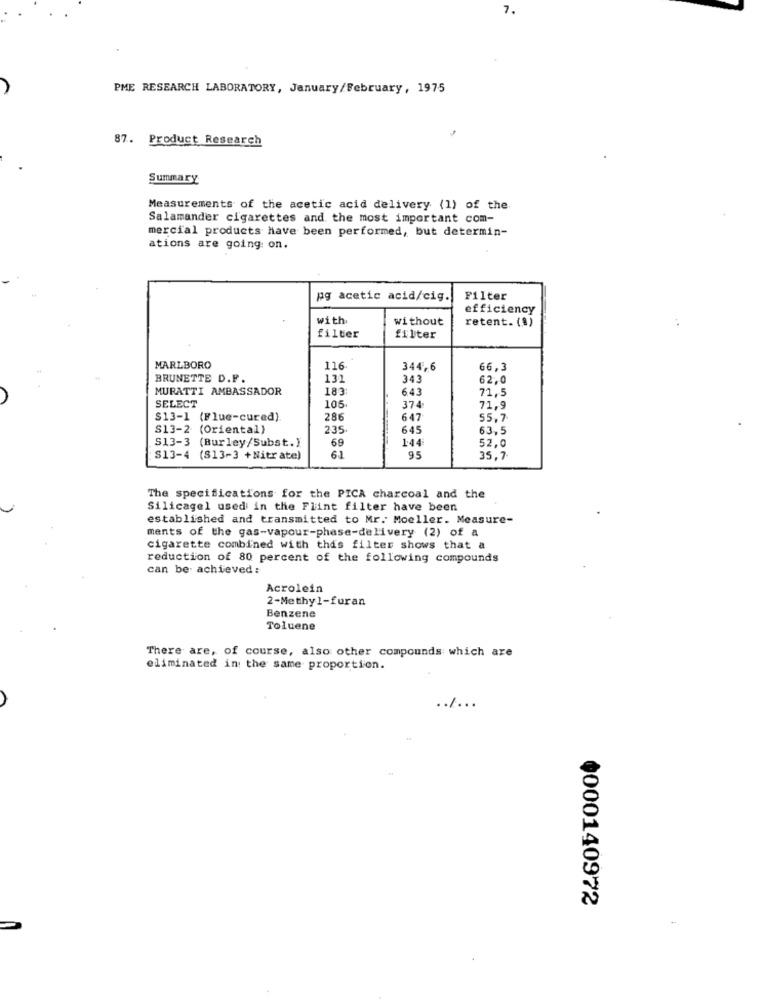
7.
PME RESEARCH LABORATORY, January/February, 1975
87. Product Research
Summary
Measurements of the acetic acid delivery (1) of the
Salamander cigarettes and the most important com-
mercial products have been performed, but determin-
ations are going on.
pg acetic acid/cig.
Filter
efficiency
with
without
retent. (1)
filter
filter
MARLBORO
116
344,6
66,3
BRUNETTE D.F.
131
343
62.0
MURATTI AMBASSADOR
183
643
71,5
SELECT
105
374
71,9
$13-1 (Flue-cured).
286
647
55,7
S13-2 (Oriental)
235
645
63.5
S13-3 (Burley/Subst.)
69
1:44
52.0
S13-4 (813-3 +Nitrate)
95
35,7
The specifications for the PICA charcoal and the
Silicagel used in the Flint filter have been
established and transmitted to Mr. Moeller. Measure-
ments of the gas-vapour-phase-delivery (2) of a
cigarette combined with this filter shows that a
reduction of 80 percent of the following compounds
can be achieved:
Acrolein
2-Methyl-furan
Benzene
Toluene
There are, of course, also other compounds which are
eliminated in the same proportion.
......
¢000140972